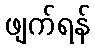
ဖျက်ရန်